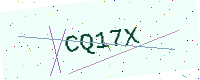
Text: CQ17X